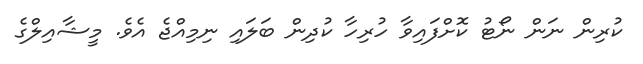
ކުރިން ނަން ނޯޓު ކޮށްފައިވާ ހުރިހާ ކުދިން ބަލައި ނިމިއްޖެ އެވެ. މީޝާއިލްގެ